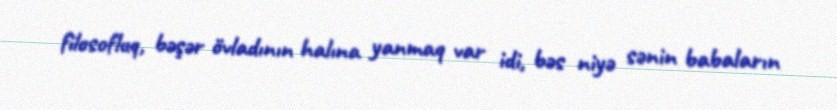
filosofluq, bəşər övladının halına yanmaq var idi, bəs niyə sənin babaların